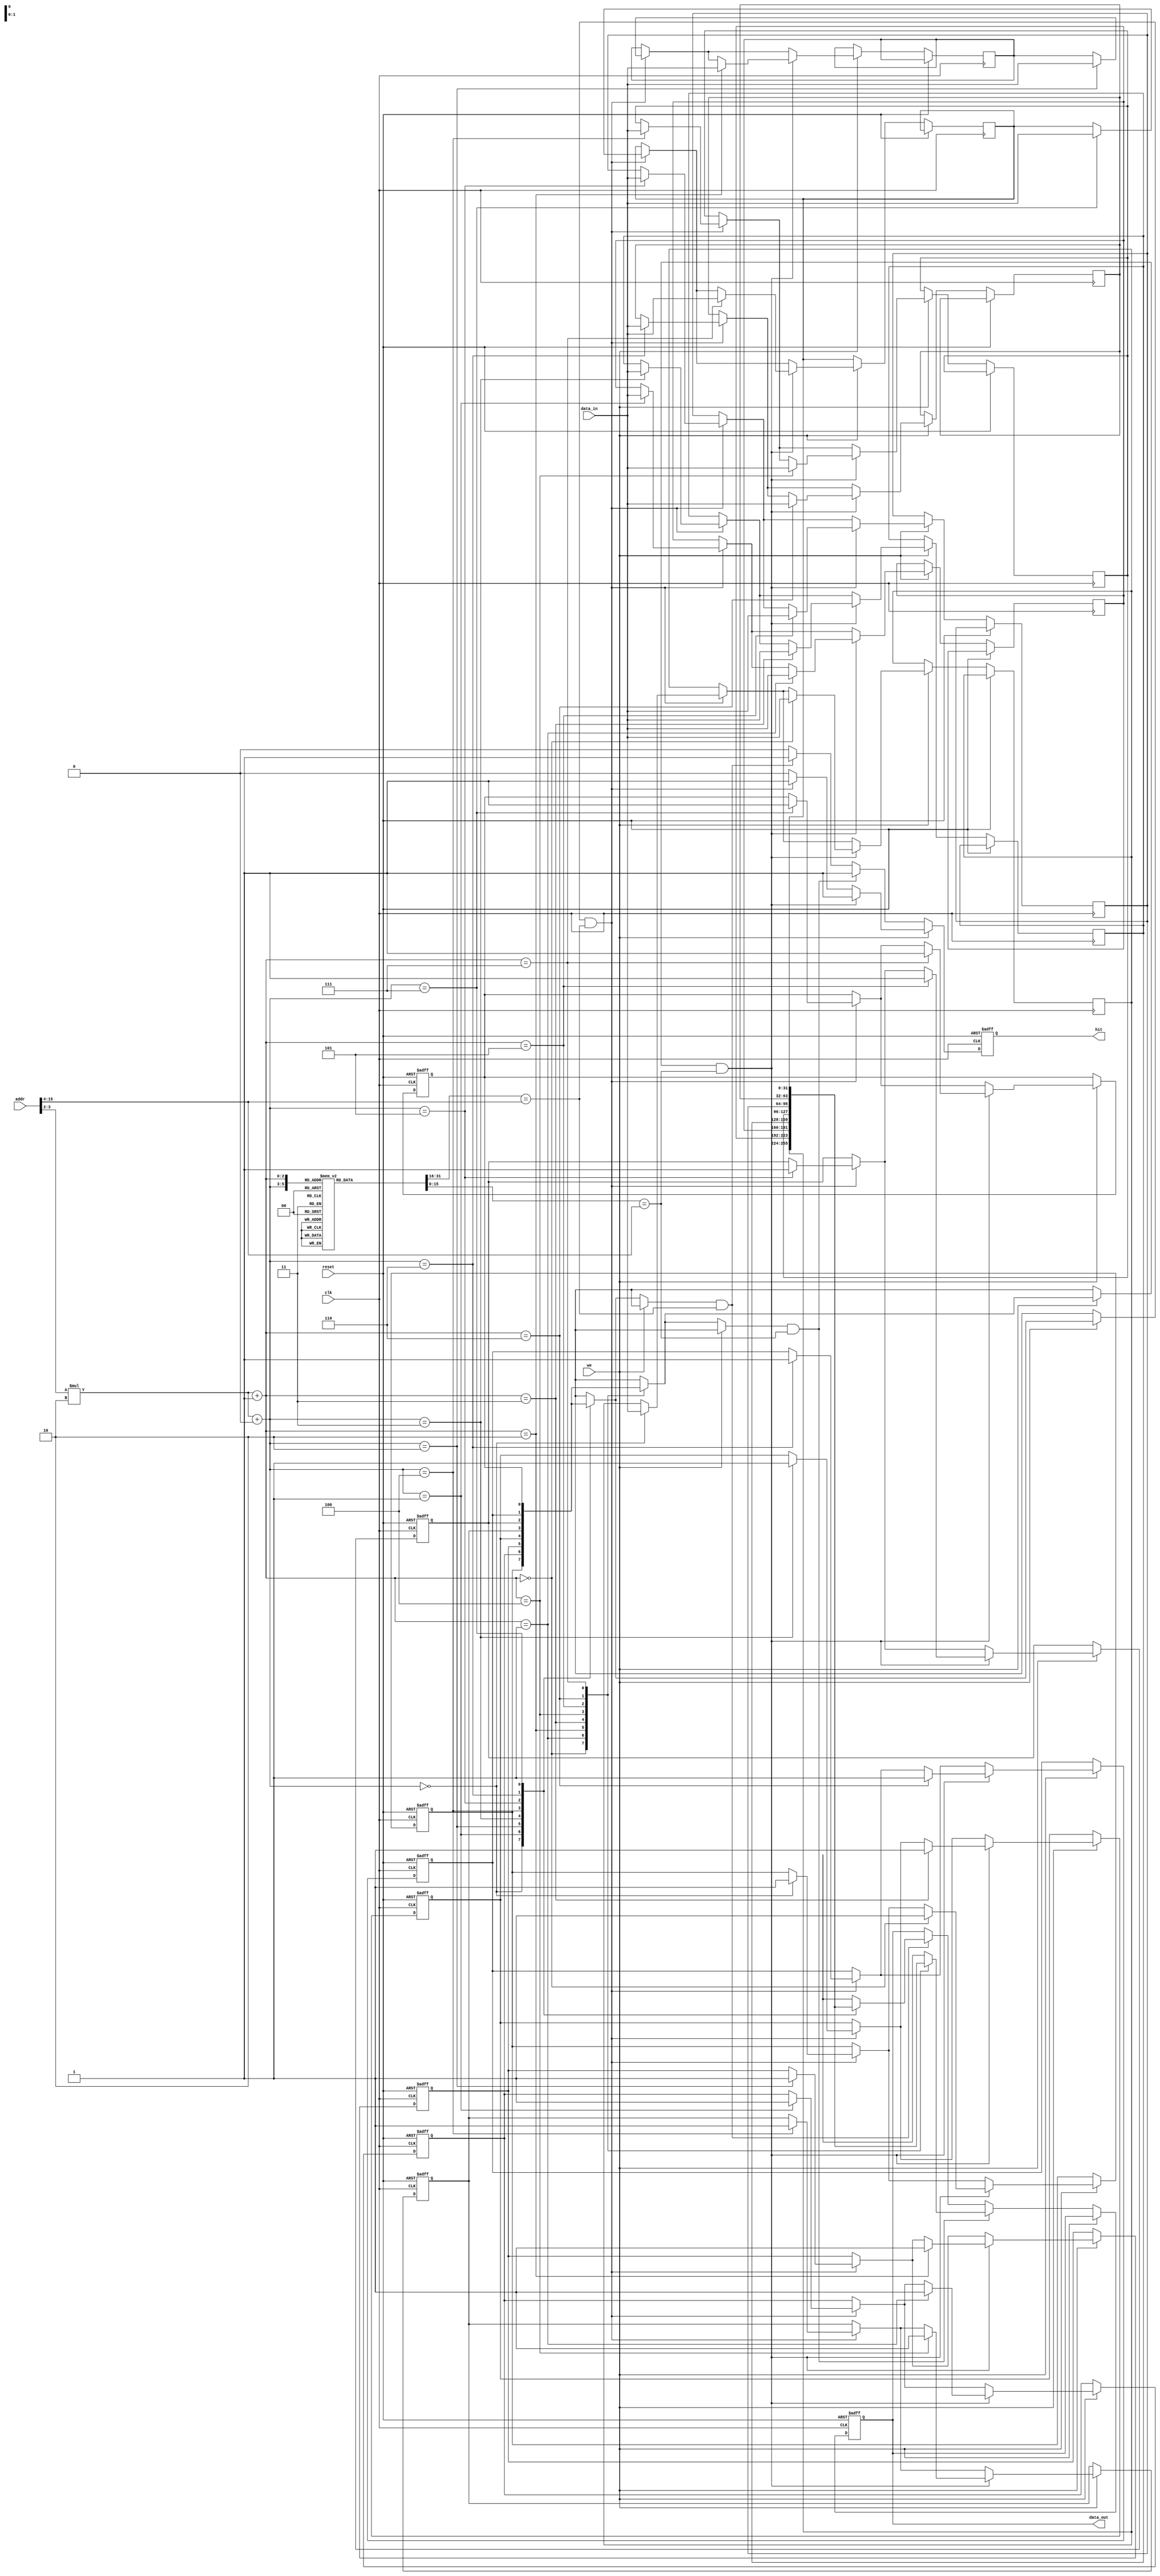
module SetAssociativeCache #(
    parameter ADDR_WIDTH = 16,        // Width of the address
    parameter DATA_WIDTH = 32,        // Width of the data
    parameter NUM_SETS = 4,           // Number of sets
    parameter ASSOC = 2,              // Associativity (number of lines per set)
    parameter BLOCK_SIZE = 4          // Block size in bytes
) (
    input  wire [ADDR_WIDTH-1:0] addr,    // Memory address
    input  wire [DATA_WIDTH-1:0] data_in, // Data to write
    input  wire we,                       // Write enable
    input  wire clk,                      // Clock
    input  wire reset,                    // Reset
    output reg  [DATA_WIDTH-1:0] data_out, // Data output
    output reg  hit                       // Hit/Miss indicator
);

    // Cache structure
    reg [ADDR_WIDTH - 1:0] tags [0:NUM_SETS-1][0:ASSOC-1]; // Tags for each line
    reg [DATA_WIDTH - 1:0] cache_data [0:NUM_SETS-1][0:ASSOC-1]; // Data storage
    reg valid [0:NUM_SETS-1][0:ASSOC-1]; // Valid bits for each line

    // Address breakdown
    wire [ADDR_WIDTH - 1 - $clog2(NUM_SETS) - $clog2(BLOCK_SIZE):0] tag; // Tag bits
    wire [$clog2(NUM_SETS)-1:0] index; // Index bits
    wire [$clog2(BLOCK_SIZE)-1:0] block_offset; // Block offset bits

    assign tag = addr[ADDR_WIDTH-1:$clog2(NUM_SETS) + $clog2(BLOCK_SIZE)];
    assign index = addr[$clog2(NUM_SETS) + $clog2(BLOCK_SIZE)-1:$clog2(BLOCK_SIZE)];
    assign block_offset = addr[$clog2(BLOCK_SIZE)-1:0];

    integer i, j;

    // Reset or Cache Initialization
    always @(posedge clk or posedge reset) begin
        if (reset) begin
            for (i = 0; i < NUM_SETS; i = i + 1) begin
                for (j = 0; j < ASSOC; j = j + 1) begin
                    valid[i][j] <= 1'b0; // Set all lines as invalid
                end
            end
            data_out <= 0;
            hit <= 0;
        end else begin
            if (we) begin
                // Write operation
                hit <= 0; // Reset hit indicator
                for (j = 0; j < ASSOC; j = j + 1) begin
                    if (valid[index][j] && (tags[index][j] == tag)) begin
                        // Update data on hit
                        cache_data[index][j] <= data_in;
                        valid[index][j] <= 1'b1; // Ensure valid bit is set
                        hit <= 1; // Set hit indicator
                    end
                end
                // If no hit, we can add logic to handle eviction here
            end else begin
                // Read operation
                hit <= 0; // Reset hit indicator
                for (j = 0; j < ASSOC; j = j + 1) begin
                    if (valid[index][j] && (tags[index][j] == tag)) begin
                        // Cache hit
                        data_out <= cache_data[index][j];
                        hit <= 1; // Set hit indicator
                    end
                end
                // If no hit, we can add logic to fetch from main memory here
            end
        end
    end
endmodule